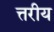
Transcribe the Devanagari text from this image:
त्तरीय